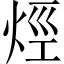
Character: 烴